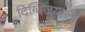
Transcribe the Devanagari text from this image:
दिग्विजयाला